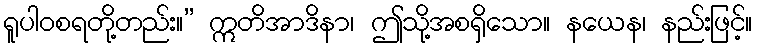
ရူပါဝစရတို့တည်း။” ဣတိအာဒိနာ၊ ဤသို့အစရှိသော။ နယေန၊ နည်းဖြင့်။